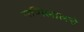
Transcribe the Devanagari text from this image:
मणिलालचे